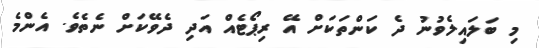
މި ބަލައިލެވުނު ދެ ކަންތަކަށް އޭ ރިޕޯޓެއް އަދި ދެވޭކަށް ނެތެވެ. އެންމެ